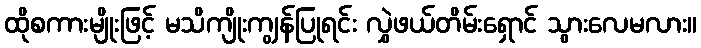
ထိုစကားမျိုးဖြင့် မသိကျိုးကျွန်ပြုရင်း လွှဲဖယ်တိမ်းရှောင် သွားလေမလား။